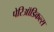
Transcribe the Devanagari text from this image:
पेरिऑडिकल्स